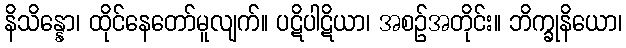
နိသိန္နော၊ ထိုင်နေတော်မူလျက်။ ပဋိပါဋိယာ၊ အစဉ်အတိုင်း။ ဘိက္ခုနိယော၊